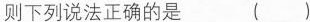
则下列说法正确的是 ( )